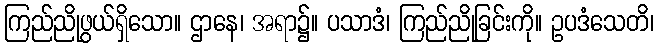
ကြည်ညိုဖွယ်ရှိသော။ ဌာနေ၊ အရာ၌။ ပသာဒံ၊ ကြည်ညိုခြင်းကို။ ဥပဒံသေတိ၊